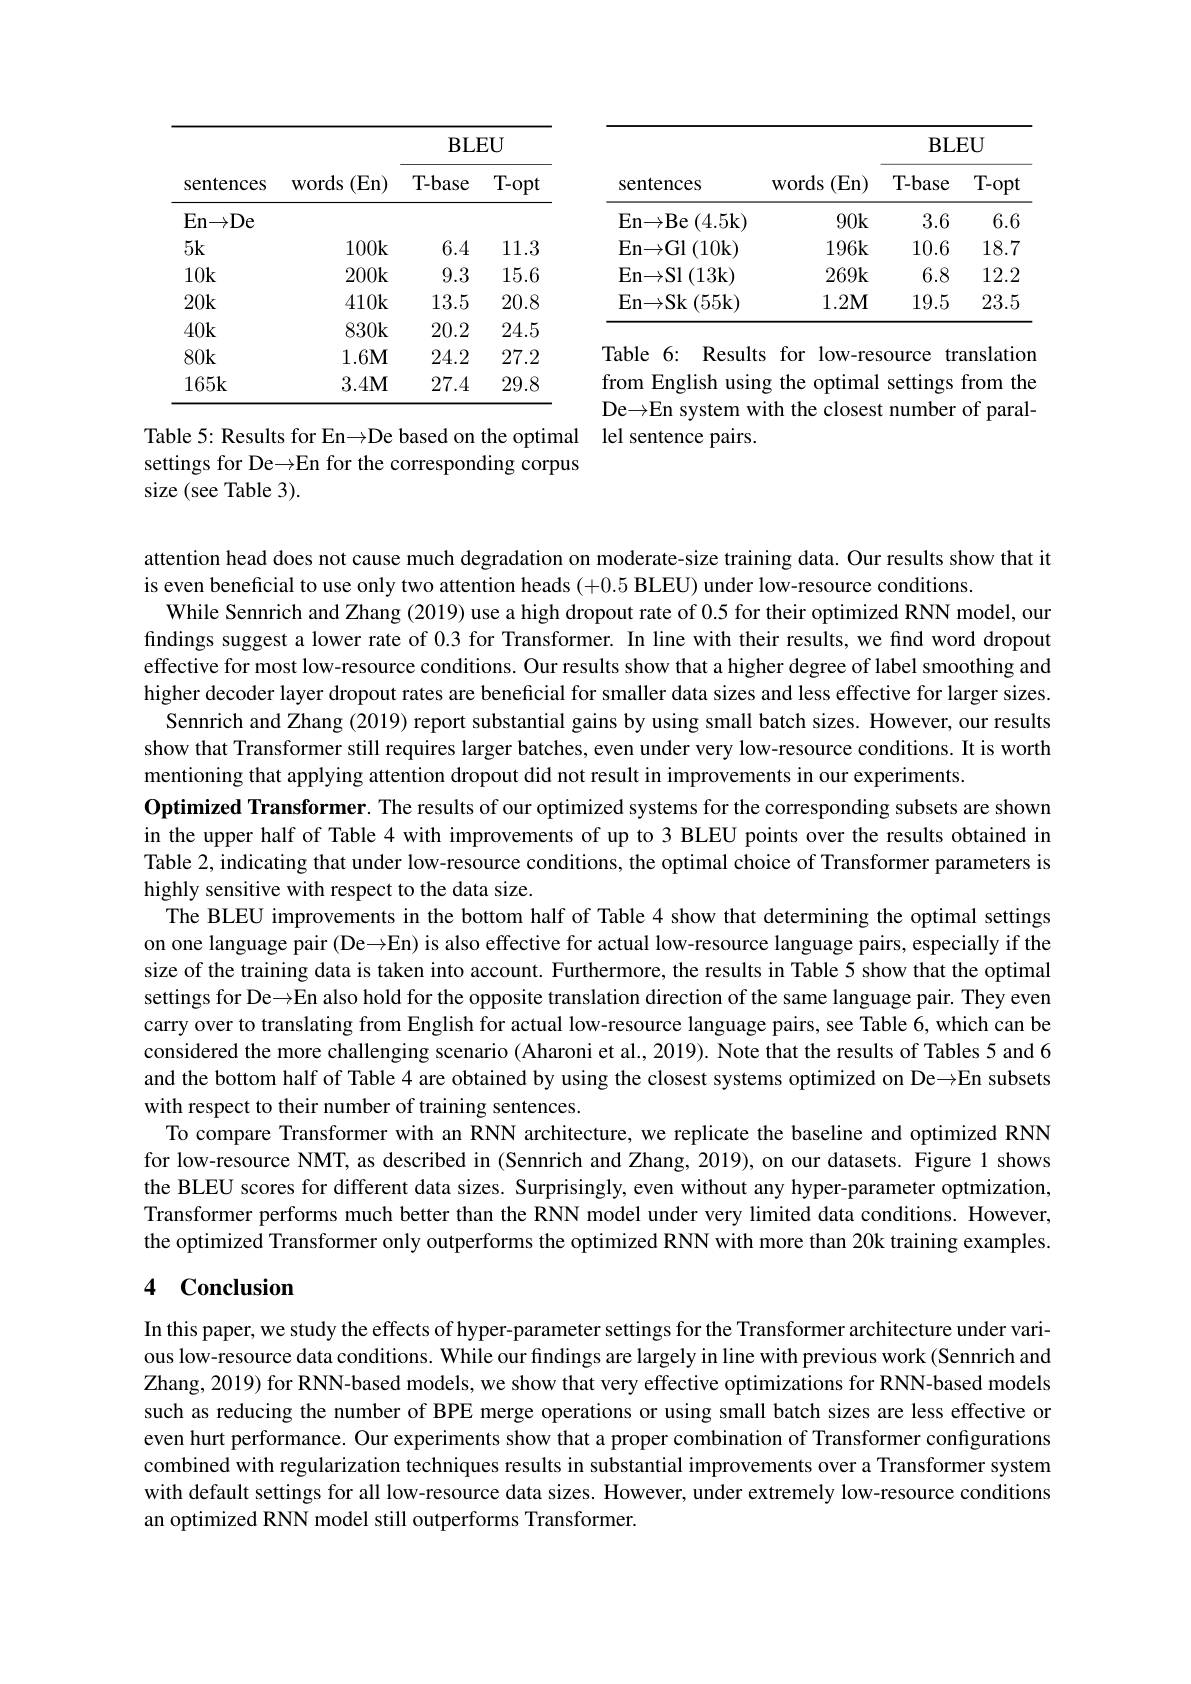
<table>
	<tbody>
		<tr>
			<th rowspan="2">sentences</th>
			<th rowspan="2">WOrds (En)</th>
			<th colspan="2">$\mathbf{BLEU}$</th>
		</tr>
		<tr>
			<th>T-base</th>
			<th>T-opt</th>
		</tr>
		<tr>
			<td>En${\rightarrow }\mathbf{Be}$ $(4.5\mathbf{k})$</td>
			<td>$90k$</td>
			<td>3.6</td>
			<td>6.6</td>
		</tr>
		<tr>
			<td>En$\to$Gl 1 (10k)</td>
			<td>$196\mathbf{k}$</td>
			<td>10.6</td>
			<td>18.7</td>
		</tr>
		<tr>
			<td>$\operatorname{En}\left(13\mathrm{k}\right)$</td>
			<td>269k</td>
			<td>6.8</td>
			<td>12.2</td>
		</tr>
		<tr>
			<td>En$\to$Sk (55k)</td>
			<td>$1.2\mathbf{M}$</td>
			<td>19.5</td>
			<td>23.5</td>
		</tr>
	</tbody>
</table>

<table>
	<tbody>
		<tr>
			<th rowspan="2">sentences</th>
			<th rowspan="2">$s(En)$ WOrds</th>
			<th colspan="2">$\mathbf{BLEU}$</th>
		</tr>
		<tr>
			<th>$T-base$</th>
			<th>T-opt</th>
		</tr>
		<tr>
			<td>En$\to$De</td>
			<td> </td>
			<td> </td>
			<td> </td>
		</tr>
		<tr>
			<td>$5k$</td>
			<td>$100\mathbf{k}$</td>
			<td>6.4</td>
			<td>11.3</td>
		</tr>
		<tr>
			<td>$10\mathbf{k}$</td>
			<td>$200\mathbf{k}$</td>
			<td>9.3</td>
			<td>15.6</td>
		</tr>
		<tr>
			<td>$20\mathbf{k}$</td>
			<td>$410\mathbf{k}$</td>
			<td>13.5</td>
			<td>20.8</td>
		</tr>
		<tr>
			<td>$40\mathbf{k}$</td>
			<td>$830k$</td>
			<td>20.2</td>
			<td>24.5</td>
		</tr>
		<tr>
			<td>$80k$</td>
			<td>$1.6\mathbf{M}$</td>
			<td>24.2</td>
			<td>27.2</td>
		</tr>
		<tr>
			<td>$165\mathbf{k}$</td>
			<td>$3.4\mathbf{M}$</td>
			<td>27.4</td>
			<td>29.8</td>
		</tr>
	</tbody>
</table>

Table 6: Results for low-resource translation from English using the optimal settings from the De$\to$En system with the closest number of paral-
Table 5: Results for En→De based on the optimal lel sentence pairs.

settings for De$\to$En for the corresponding corpus
size (see Table 3).

attention head does not cause much degradation on moderate-size training data. Our results show that it
is even beneficial to use only two attention heads (+0.5 BLEU) under low-resource conditions.
While Sennrich and Zhang (2019) use a high dropout rate of 0.5 for their optimized RNN model, our findings suggest a lower rate of 0.3 for Transformer. In line with their results, we find word dropout effective for most low-resource conditions. Our results show that a higher degree of label smoothing and higher decoder layer dropout rates are beneficial for smaller data sizes and less effective for larger sizes.
Sennrich and Zhang (2019) report substantial gains by using small batch sizes. However, our results show that Transformer still requires larger batches, even under very low-resource conditions. It is worth mentioning that applying attention dropout did not result in improvements in our experiments.
Optimized Transformer. The results of our optimized systems for the corresponding subsets are shown in the upper half of Table 4 with improvements of up to 3 BLEU points over the results obtained in Table 2, indicating that under low-resource conditions, the optimal choice of Transformer parameters is highly sensitive with respect to the data size.
The BLEU improvements in the bottom half of Table 4 show that determining the optimal settings on one language pair (De→En) is also effective for actual low-resource language pairs, especially if the size of the training data is taken into account. Furthermore, the results in Table 5 show that the optimal settings for De$\to$En also hold for the opposite translation direction of the same language pair. They even carry over to translating from English for actual low-resource language pairs, see Table 6, which can be considered the more challenging scenario (Aharoni et al., 2019). Note that the results of Tables 5 and 6 and the bottom half of Table 4 are obtained by using the closest systems optimized on De→En subsets with respect to their number of training sentences.
To compare Transformer with an RNN architecture, we replicate the baseline and optimized RNN for low-resource NMT, as described in (Sennrich and Zhang, 2019), on our datasets. Figure 1 shows the BLEU scores for different data sizes. Surprisingly, even without any hyper-parameter optmization, Transformer performs much better than the RNN model under very limited data conditions. However, the optimized Transformer only outperforms the optimized RNN with more than 20k training examples.

## 4 Conclusion

In this paper, we study the effects of hyper-parameter settings for the Transformer architecture under various low-resource data conditions. While our findings are largely in line with previous work (Sennrich and Zhang, 2019) for RNN-based models, we show that very effective optimizations for RNN-based models such as reducing the number of BPE merge operations or using small batch sizes are less effective or even hurt performance. Our experiments show that a proper combination of Transformer configurations combined with regularization techniques results in substantial improvements over a Transformer system with default settings for all low-resource data sizes. However, under extremely low-resource conditions an optimized RNN model still outperforms Transformer.